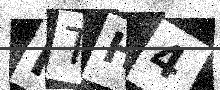
Text: HTH4